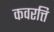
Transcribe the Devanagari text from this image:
कवरत्ति